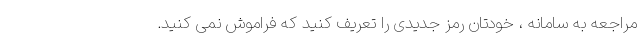
مراجعه به سامانه ، خودتان رمز جدیدی را تعریف کنید که فراموش نمی کنید.